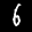
Label: 6